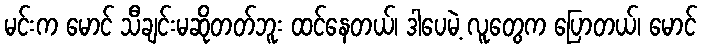
မင်းက မောင် သီချင်းမဆိုတတ်ဘူး ထင်နေတယ်၊ ဒါပေမဲ့ လူတွေက ပြောတယ်၊ မောင်